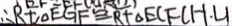
\therefore R t \Delta E G F \cong R t \Delta E C F ( H . L )